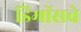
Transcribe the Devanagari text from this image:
डिमॉसचे